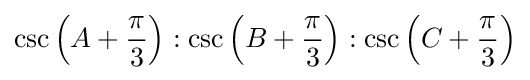
\csc \left(A+{\frac {\pi }{3}}\right):\csc \left(B+{\frac {\pi }{3}}\right):\csc \left(C+{\frac {\pi }{3}}\right)